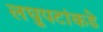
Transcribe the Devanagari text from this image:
लघुपटांकडे